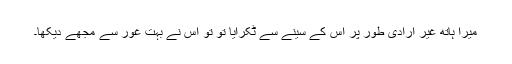
میرا ہاتھ غیر ارادی طور پر اس کے سینے سے ٹکرایا تو تو اس نے بہت غور سے مجھے دیکھا۔